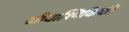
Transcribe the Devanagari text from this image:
जीवाश्मिकिकी